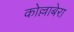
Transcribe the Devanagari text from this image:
कोल्लाबेरा